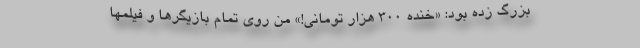
بزرگ زده بود: «خنده ۳۰۰ هزار تومانى!» من روى تمام بازيگرها و فيلمها